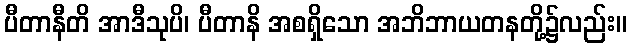
ပီတာနီတိ အာဒီသုပိ၊ ပီတာနိ အစရှိသော အဘိဘာယတနတို့၌လည်း။